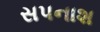
સપનાશ